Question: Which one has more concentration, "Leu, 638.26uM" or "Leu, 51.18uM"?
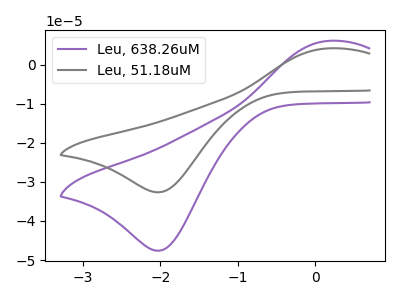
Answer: <think>The purple curve "Leu, 638.26uM" has an anodic peak at (0.15V, 6.10uA) and a cathodic peak at (-2.00V, -47.60uA). The gray curve "Leu, 51.18uM" has an anodic peak at (0.15V, 4.15uA) and a cathodic peak at (-2.00V, -32.65uA).
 All the peaks in "Leu, 638.26uM" have a peak in "Leu, 51.18uM" at the same potential. Every peak in "Leu, 638.26uM" is higher than every peak in "Leu, 51.18uM".</think>
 <answer>"Leu, 638.26uM" has more signal than "Leu, 51.18uM" and so likely has a higher concentration.</answer>
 <eval>more_concentration</eval>